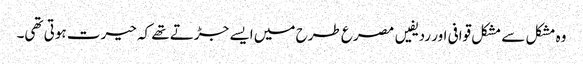
وہ مشکل سے مشکل قوافی اور ردیفیں مصرع طرح میں ایسے جڑتے تھے کہ حیرت ہوتی تھی۔